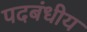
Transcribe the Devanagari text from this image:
पदबंधीय